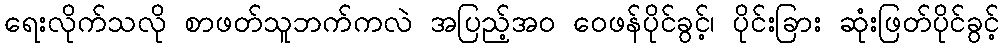
ရေးလိုက်သလို စာဖတ်သူဘက်ကလဲ အပြည့်အ၀ ဝေဖန်ပိုင်ခွင့်၊ ပိုင်းခြား ဆုံးဖြတ်ပိုင်ခွင့်